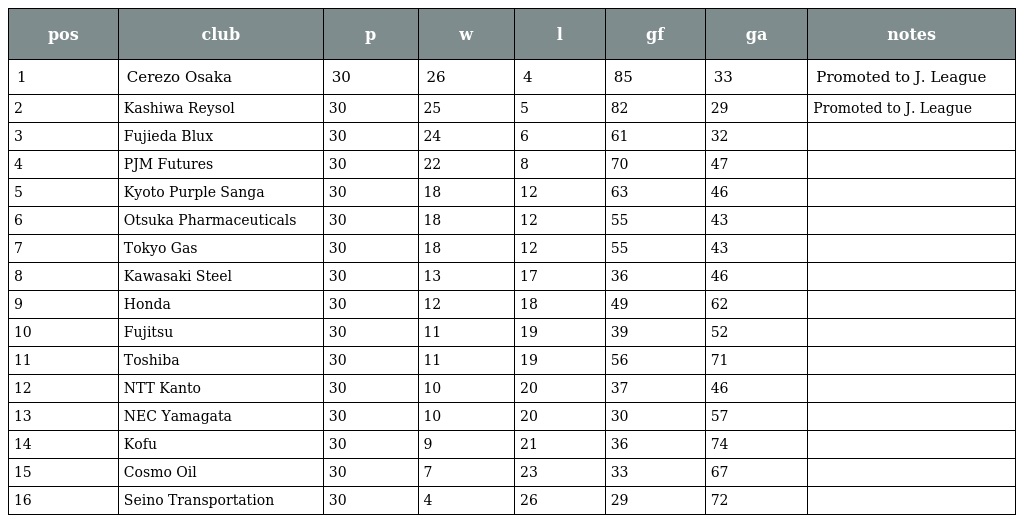
| pos | club | p | w | l | gf | ga | notes |
 | --- | --- | --- | --- | --- | --- | --- | --- |
 | 1 | Cerezo Osaka | 30 | 26 | 4 | 85 | 33 | Promoted to J. League |
 | 2 | Kashiwa Reysol | 30 | 25 | 5 | 82 | 29 | Promoted to J. League |
 | 3 | Fujieda Blux | 30 | 24 | 6 | 61 | 32 |  |
 | 4 | PJM Futures | 30 | 22 | 8 | 70 | 47 |  |
 | 5 | Kyoto Purple Sanga | 30 | 18 | 12 | 63 | 46 |  |
 | 6 | Otsuka Pharmaceuticals | 30 | 18 | 12 | 55 | 43 |  |
 | 7 | Tokyo Gas | 30 | 18 | 12 | 55 | 43 |  |
 | 8 | Kawasaki Steel | 30 | 13 | 17 | 36 | 46 |  |
 | 9 | Honda | 30 | 12 | 18 | 49 | 62 |  |
 | 10 | Fujitsu | 30 | 11 | 19 | 39 | 52 |  |
 | 11 | Toshiba | 30 | 11 | 19 | 56 | 71 |  |
 | 12 | NTT Kanto | 30 | 10 | 20 | 37 | 46 |  |
 | 13 | NEC Yamagata | 30 | 10 | 20 | 30 | 57 |  |
 | 14 | Kofu | 30 | 9 | 21 | 36 | 74 |  |
 | 15 | Cosmo Oil | 30 | 7 | 23 | 33 | 67 |  |
 | 16 | Seino Transportation | 30 | 4 | 26 | 29 | 72 |  |